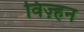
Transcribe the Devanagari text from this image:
विज़्हन